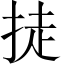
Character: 𪭴